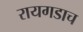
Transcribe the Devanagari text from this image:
रायगडाच